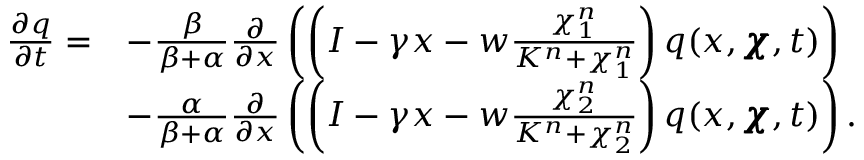
\begin{array} { r l } { \frac { \partial q } { \partial t } = } & { - \frac { \beta } { \beta + \alpha } \frac { \partial } { \partial x } \left( \left( I - \gamma x - w \frac { \chi _ { 1 } ^ { n } } { K ^ { n } + \chi _ { 1 } ^ { n } } \right) q ( x , \pmb { \chi } , t ) \right) } \\ & { - \frac { \alpha } { \beta + \alpha } \frac { \partial } { \partial x } \left( \left( I - \gamma x - w \frac { \chi _ { 2 } ^ { n } } { K ^ { n } + \chi _ { 2 } ^ { n } } \right) q ( x , \pmb { \chi } , t ) \right) . } \end{array}